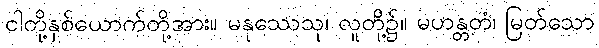
ငါတို့နှစ်ယောက်တို့အား။ မနုဿေသု၊ လူတို့၌။ မဟန္တတံ၊ မြတ်သော